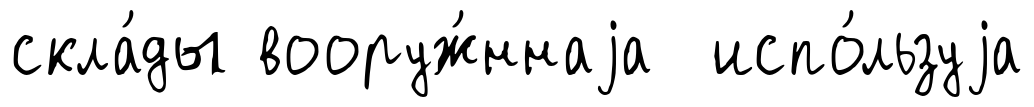
скла́ды вооруж́ннаjа испо́льзуjа